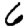
Digit: 6